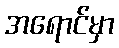
အရောင်မှာ